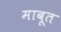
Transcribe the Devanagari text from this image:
माबूत